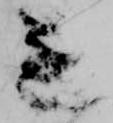
遂